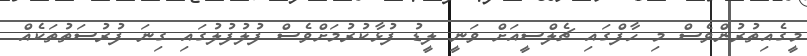
މީގެއިތުރުންވެސް މި ހާފްގައި ޗެލްސީއަށް ވަނީ ލީޑު ފުޅާކުރުމަށްވެސް ފުލުފުލުގައި ގިނަ ފުރުސަތުތަކެއް